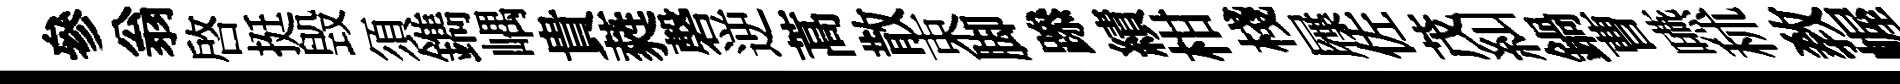
參翁啓挺毁須鐫嵎貴蕤磬逆蒿散束脚𨅶績柑棧屧佐茂糾鍋曹嚥秫教幄